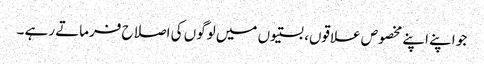
جو اپنے اپنے مخصوص علاقوں، بستیوں میں لوگوں کی اصلاح فرماتے رہے ۔